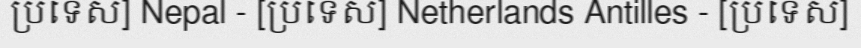
ប្រទេស] Nepal - [ប្រទេស] Netherlands Antilles - [ប្រទេស]